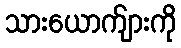
သားယောက်ျားကို